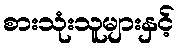
စားသုံးသူများနှင့်